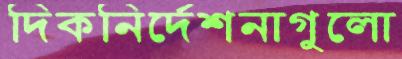
দিকনির্দেশনাগুলো